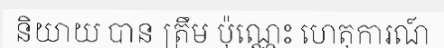
និយាយ បាន ត្រឹម ប៉ុណ្ណេះ ហេតុការណ៍